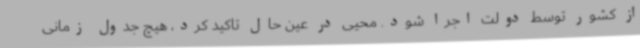
از کشور توسط دولت اجرا شود. محیی در عین حال تاکید کرد، هیچ جدول زمانی